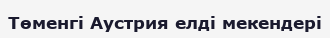
Төменгі Аустрия елді мекендері